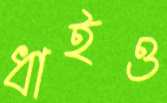
ধাইও